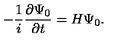
- { \frac { 1 } { i } } { \frac { \partial \Psi _ { 0 } } { \partial t } } = H \Psi _ { 0 } .